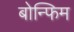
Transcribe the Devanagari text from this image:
बोन्फिम